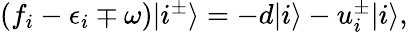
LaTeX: \begin{array}{r}{(f_{i}-\epsilon_{i}\mp\omega)|i^{\pm}\rangle=-d|i\rangle-u_{i}^{\pm}|i\rangle,}\end{array}